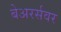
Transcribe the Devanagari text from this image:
बेअरर्सवर